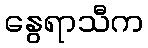
နွေရာသီက